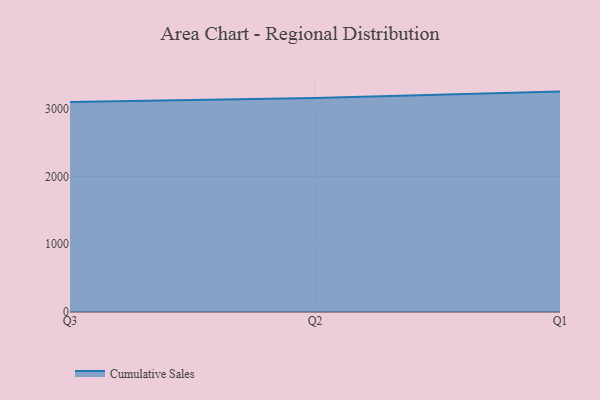
{"axis": {"x": "Quarter", "y": "Energy Usage (MWh)"}, "legend": ["Cumulative Sales"], "data": [{"x": "Q3", "y": 3098.9, "type": "Cumulative Sales"}, {"x": "Q2", "y": 3157.8, "type": "Cumulative Sales"}, {"x": "Q1", "y": 3253.4, "type": "Cumulative Sales"}]}